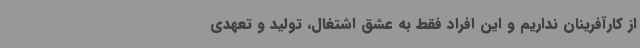
از کارآفرینان نداریم و این افراد فقط به عشق اشتغال، تولید و تعهدی